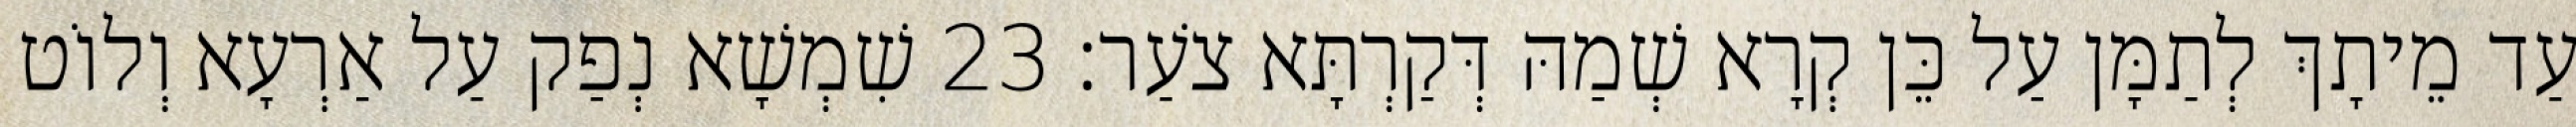
עַד מֵיתָךְ לְתַמָּן עַל כֵּן קְרָא שְׁמַהּ דְּקַרְתָּא צֹעַר׃ 23 שִׁמְשָׁא נְפַק עַל אַרְעָא וְלוֹט